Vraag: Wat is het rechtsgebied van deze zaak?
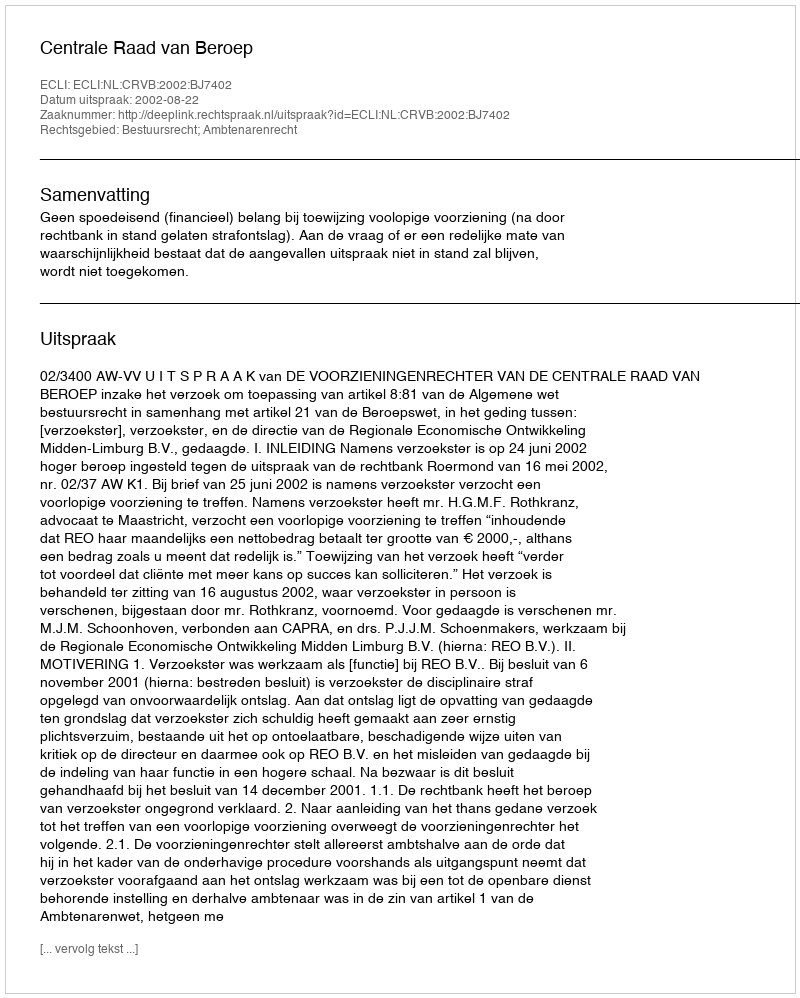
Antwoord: Bestuursrecht; Ambtenarenrecht